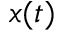
x ( t )